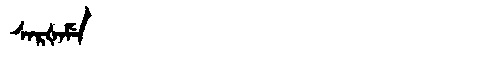
Manchu: ᠰᠠᡵᡧᠠᠮᡝ
Romanization: SARŠAME